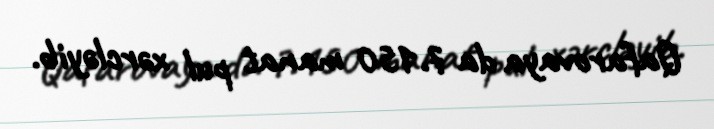
Qafarovaya da 7.150 manat pul xərcləyib.